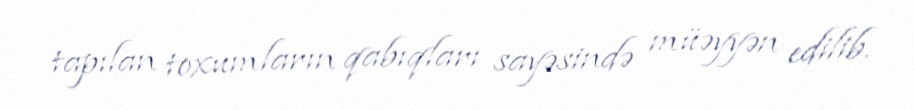
tapılan toxumların qabıqları sayəsində müəyyən edilib.